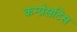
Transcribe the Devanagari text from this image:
कम्प्रेसटिस